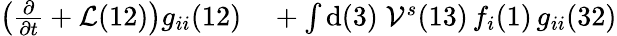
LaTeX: \begin{array}{rl}{\left(\frac{\partial}{\partial t}+\mathcal{L}(12)\right)g_{ii}(12)}&{{}+\int\mathrm{d}(3)\; \mathcal{V}^{s}(13)\, f_{i}(1)\, g_{ii}(32)}\end{array}